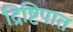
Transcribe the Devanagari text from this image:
द्रिष्टिपात